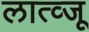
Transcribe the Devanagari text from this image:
लात्व्जू